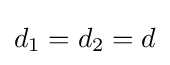
d_{1}=d_{2}=d